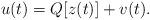
LaTeX: \begin{align*}u(t) = Q[z(t)]+v(t).\end{align*}